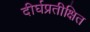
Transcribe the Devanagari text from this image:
दीर्घप्रतीक्षित